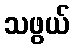
သဖွယ်